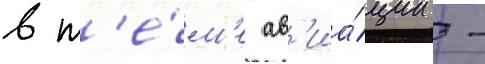
в т'е́м'е ав'иа́ции -